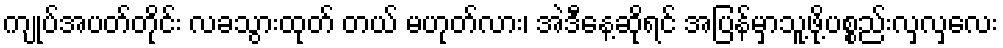
ကျုပ်အပတ်တိုင်း လခသွားထုတ် တယ် မဟုတ်လား၊ အဲဒီနေ့ဆိုရင် အပြန်မှာသူ့ဖို့ပစ္စည်းလှလှလေး